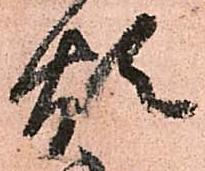
煩